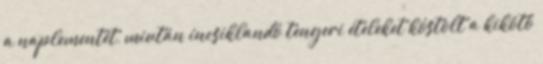
a naplementét, miután íncsiklandó tengeri ételeket kóstolt a kikötő